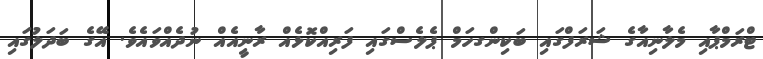
ޓްރަމްޕާއި މެލާނިއާގެ ޝަރަފްގައި ބަކިންގހަމް ޕެލެސްގައި ފަރިއްކޮޅެއް ރާނީއެއް ނުދެއްވައެވެ. އޭގެ ބަދަލުގައި